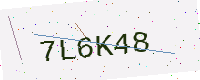
Text: 7L6K48